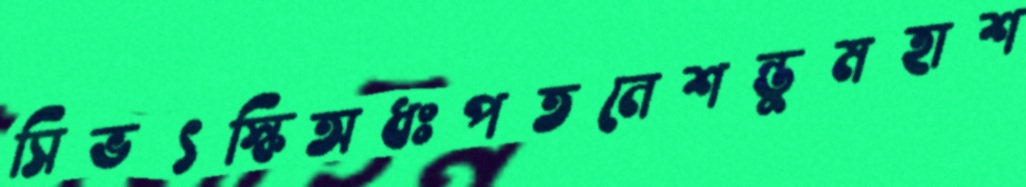
সিভৎস্কিঅধঃপতনেশন্তুমহাশ